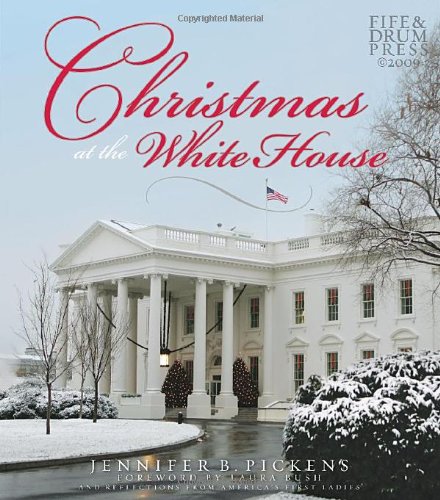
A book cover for Christmas at the White House - and Reflections from America's First Ladies; Jennifer B. Pickens; Christian Books & Bibles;